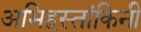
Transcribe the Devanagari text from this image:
अभिहस्तांकिनी